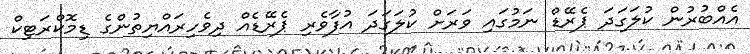
އެއްބުރުން ކުލަގަދަ ޕެރޭޑް ނަމުގައި ވަރަށް ކުލަގަދަ އުފާވެރި ޕެރޭޑެއް ދިވެހިރައްޔިތުންގެ ޑިމޮކްރަޓިކް